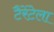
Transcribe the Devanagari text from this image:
टैरेंटेला